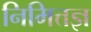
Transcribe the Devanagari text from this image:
निमित्तज्ञ